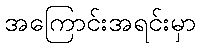
အကြောင်းအရင်းမှာ